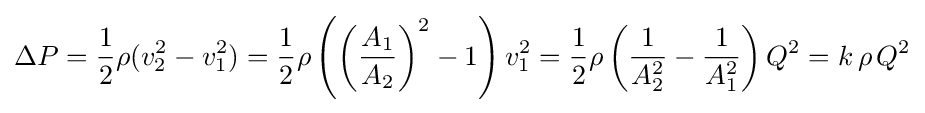
\Delta P={\frac {1}{2}}\rho (v_{2}^{2}-v_{1}^{2})={\frac {1}{2}}\rho \left(\left({\frac {A_{1}}{A_{2}}}\right)^{2}-1\right)v_{1}^{2}={\frac {1}{2}}\rho \left({\frac {1}{A_{2}^{2}}}-{\frac {1}{A_{1}^{2}}}\right)Q^{2}=k\,\rho \,Q^{2}